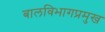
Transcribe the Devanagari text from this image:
बालविभागप्रमुख